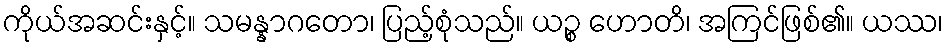
ကိုယ်အဆင်းနှင့်။ သမန္နာဂတော၊ ပြည့်စုံသည်။ ယဉ္စ ဟောတိ၊ အကြင်ဖြစ်၏။ ယဿ၊